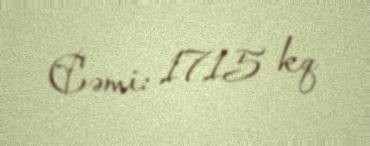
Cəmi: 1715 kq